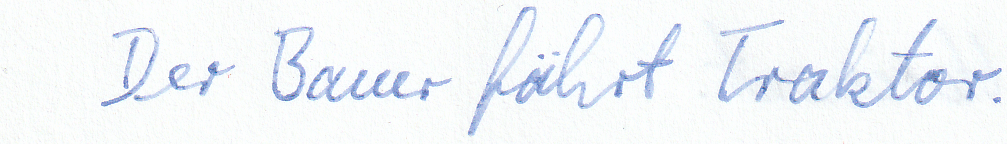
Der Bauer fährt Traktor.